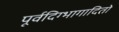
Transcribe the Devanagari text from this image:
पूर्वदिग्भागादितो